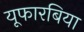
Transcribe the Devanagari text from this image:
यूफारबिया